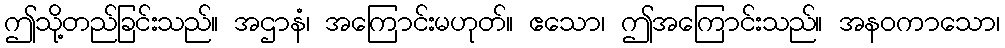
ဤသို့တည်ခြင်းသည်။ အဌာနံ၊ အကြောင်းမဟုတ်။ ဧသော၊ ဤအကြောင်းသည်။ အနဝကာသော၊